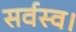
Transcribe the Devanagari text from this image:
सर्वस्व।